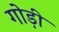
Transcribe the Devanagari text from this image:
गोड़ी